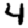
Digit: 4